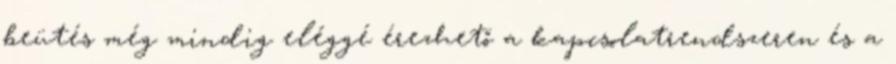
beütés még mindig eléggé érezhető a kapcsolatrendszeren és a